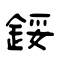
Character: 鋖